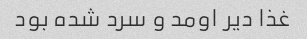
غذا دیر اومد و سرد شده بود